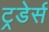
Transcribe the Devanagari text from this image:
ट्रडेर्स